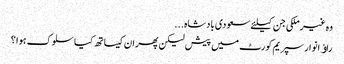
وہ غیرملکی جن کیلئے سعودی بادشاہ...
راﺅ انوار سپریم کورٹ میں پیش لیکن پھر ان کیساتھ کیا سلوک ہوا ؟